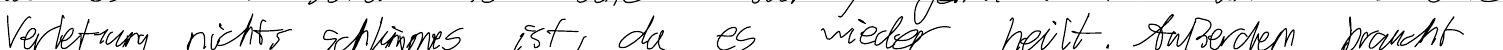
Verletzung nichts schlimmes ist, da es wieder heilt. Außerdem braucht